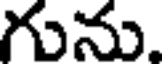
గును.